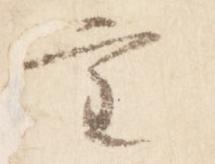
審